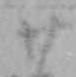
廿